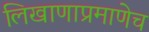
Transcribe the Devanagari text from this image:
लिखाणाप्रमाणेच